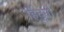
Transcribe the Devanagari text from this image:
हिंदुनी